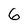
Character: 6